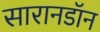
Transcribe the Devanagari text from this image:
सारानडॉन